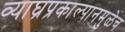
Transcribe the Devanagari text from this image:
व्याघ्रप्रकाल्पानमुळेच